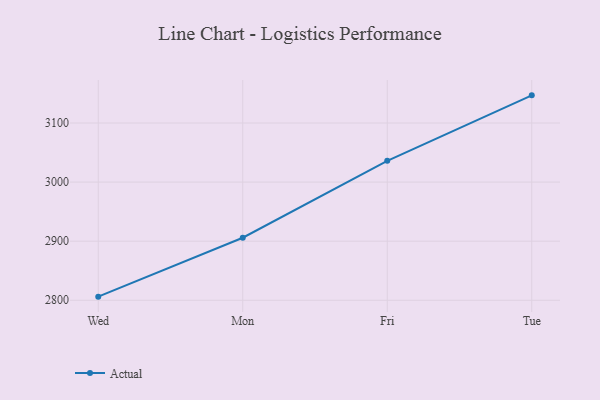
{"axis": {"x": "Day", "y": "Backlog"}, "legend": ["Actual"], "data": [{"x": "Wed", "y": 2806.1, "type": "Actual"}, {"x": "Mon", "y": 2905.8, "type": "Actual"}, {"x": "Fri", "y": 3035.9, "type": "Actual"}, {"x": "Tue", "y": 3146.8, "type": "Actual"}]}